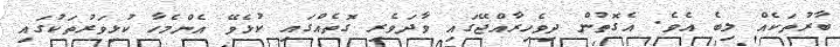
ބާރުތަކެއް ލިބެ އެވެ. އެގޮތުން ދިވެހިރާއްޖޭގައި ވާދަވެރި ގޮތެއްގައި ކުޅެވޭ އެންމެހާ ކުޅިވަރުތަކުގައި